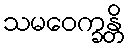
သမဝေက္ခန္တိ